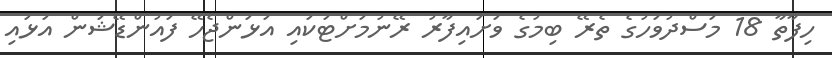
ހިފާތާ 18 މަސްދުވަހުގެ ތެރޭ ބިމުގެ ވަށައިފާރު ރޭނުމަށްޓަކައި އަޅަންޖެހޭ ފައުންޑޭޝަން އަޅައި